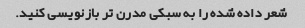
شعر داده شده را به سبکی مدرن تر بازنویسی کنید.